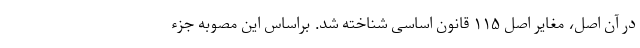
در آن اصل، مغایر اصل ۱۱۵ قانون اساسی شناخته شد. براساس این مصوبه جزء